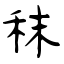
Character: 秣